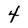
Character: 4